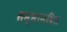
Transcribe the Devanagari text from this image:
सम्मानवित